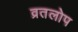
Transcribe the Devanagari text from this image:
व्रतलोप